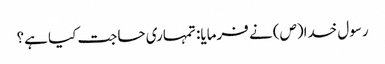
رسول خدا(ص) نے فرمایا: تمہاری حاجت کیا ہے؟